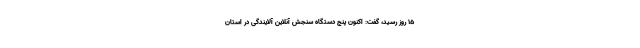
۱۵ روز رسید، گفت: اکنون پنج دستگاه سنجش آنلاین آلایندگی در استان